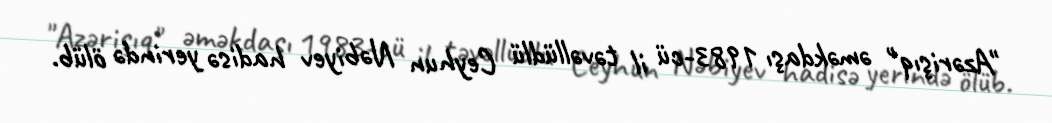
"Azərişıq" əməkdaşı 1983-cü il təvəllüdlü Ceyhun Nəbiyev hadisə yerində ölüb.